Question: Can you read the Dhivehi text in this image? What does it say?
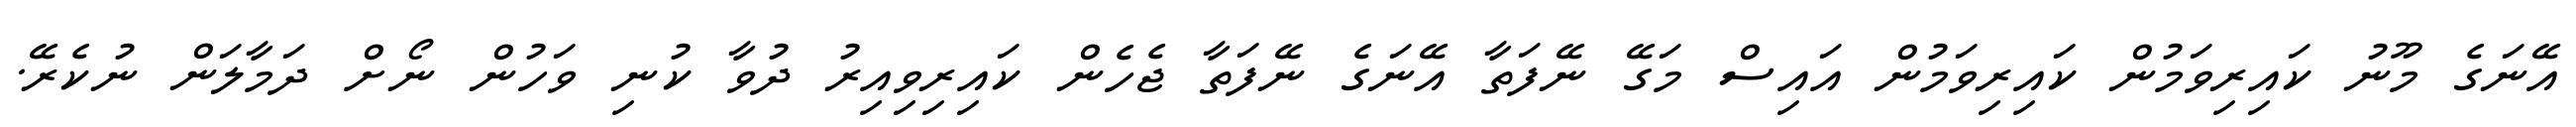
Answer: އޭނަގެ މޫނު ކައިރިވަމުން ކައިރިވަމުން އައިސް މަގޭ ނޭފަތާ އޭނަގެ ނޭފަތާ ޖެހެން ކައިރިވިއިރު ދުވާ ކުނި ވަހުން ނޯށް ދަމާލަން ނުކެރޭ.